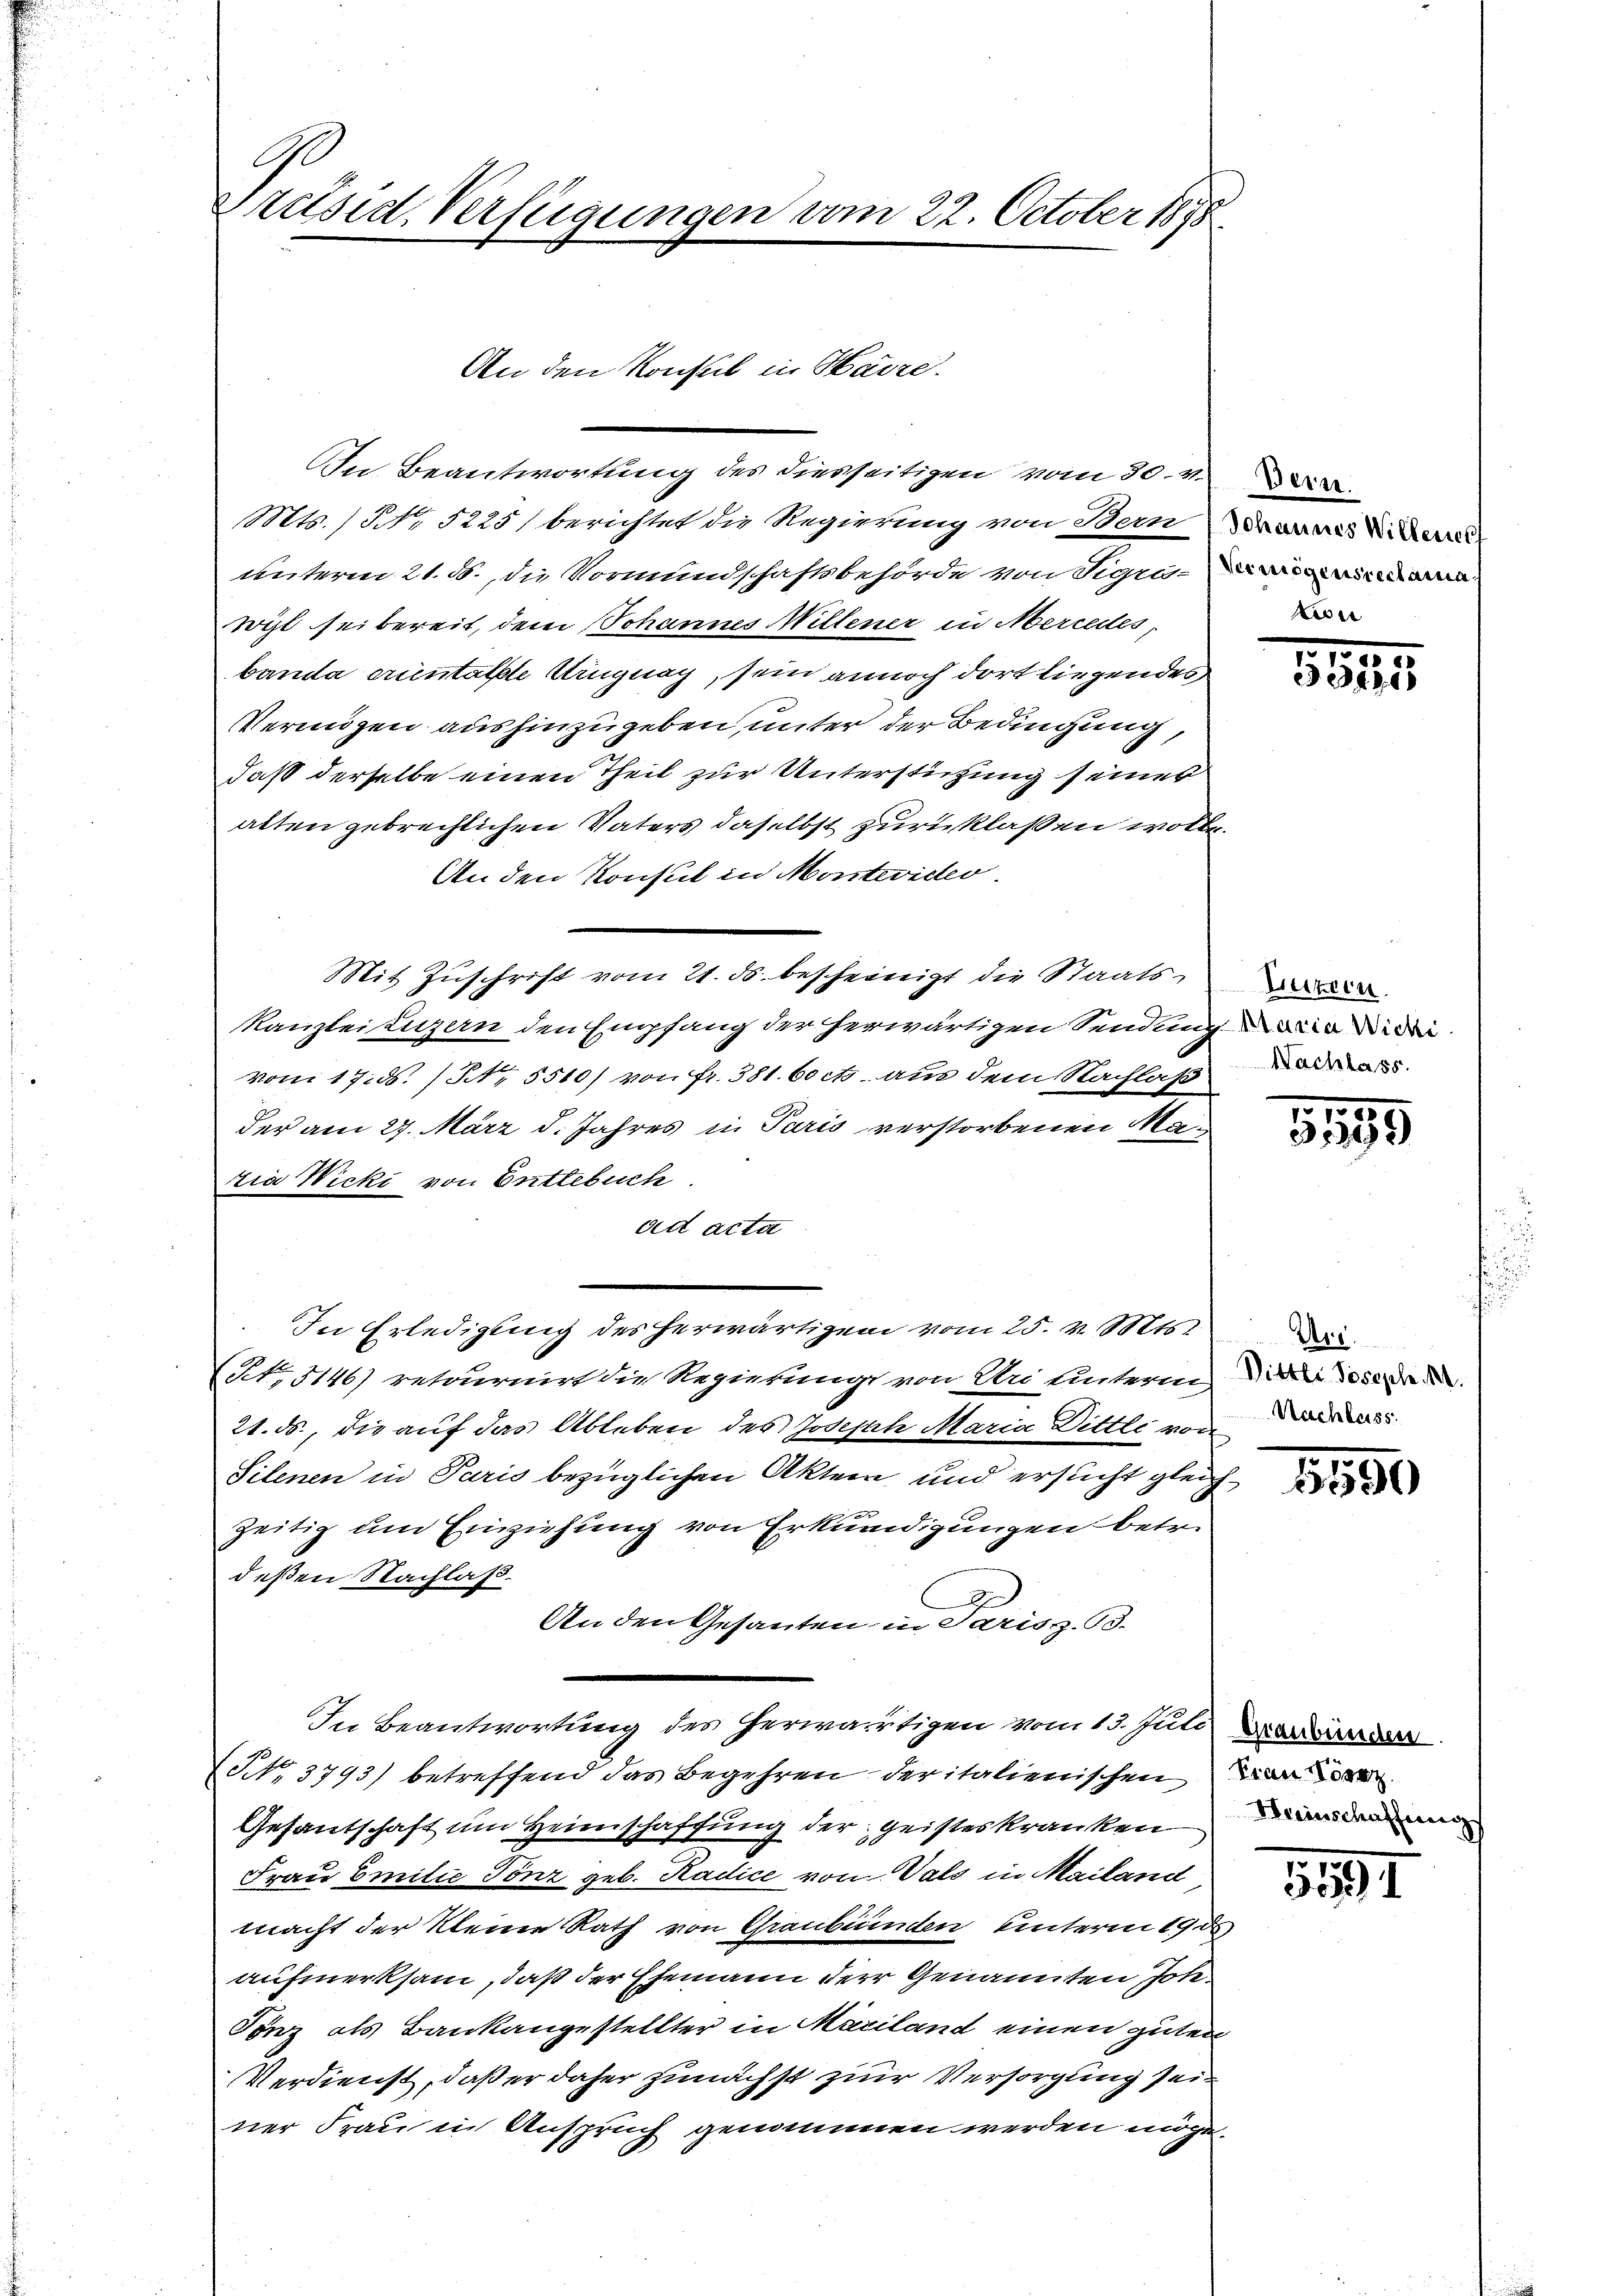
G
Präsid. Verfügungen vom 22. October 1898

In Beantwortung des diesseitigen vom 30. v.
Mts. ) No. 5225) berichtet die Regierung von Dein
unterm 21. 3., die Vormundschaftsbehörde von Signa
wyl sei bereit, dem Johannes Willener in Mercedes,
banda erientalste Uruguay, sein annoch dort liegendes
Vermögen aushinzugeben, unter der Bedingung
daß derselbe einen Theil zur Unterstützung seiner
alten gebrechlichen Vaters daselbst zurücklassen wolle.
An den Konsul in Montevideo
Mit Zuschrift vom 21. ds. bescheinigt die Staatskanzlei Luzern den Empfang der herwärtigen Sendung die di der
vom 17. d. 1. 5510) von Fr. 381. 60 et aus dem Nachlaß
der am 27. März d. Jahres in Paris verstorbenen Maria Wicki von Entlebuch.
att acta
In Erledigung des herwärtigen vom 25. v. Mts.
NNo. 5146) retournirt die Regierungs von Uri unterm die deser
21. ds., die auf das Ableben des Joseph Maria Dittli von
Silenen in Paris bezüglichen Akten und ersucht gleichzeitig um Einziehung von Erkundigungen betr.
deßen Nachlaß
.
An den Gesanten in Saris z. B.
In Beantwortung des herwärtigen vom 13. Juli Werden.
(No. 3793) betreffend das Begehren der italienischen un
Gesantschaft um Heimschaffung der geisteskranken a
Frau Emilie Tönz geb. Radice von Vals in Mailand
macht der Kleine Rath von Graubünden unterm 19. ds
aufmerksam, daß der Ehemann der Genannten Joh
Finz als Bankangestellter in Mariland einen guten
Verdienst, daß er daher zunächst zur Versorgung seiner Frau in Anspruch genommen werden möge.

An den Konsul in Havre.

e

.
5555

Letzten
Nachlass

1595

Ars.
Nachlass

2

5590

5191